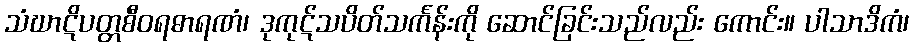
သံဃာဋိပတ္တစီဝရဓာရဏံ၊ ဒုကုဋ်သပိတ်သင်္ကန်းကို ဆောင်ခြင်းသည်လည်း ကောင်း။ ပါသာဒိကံ၊